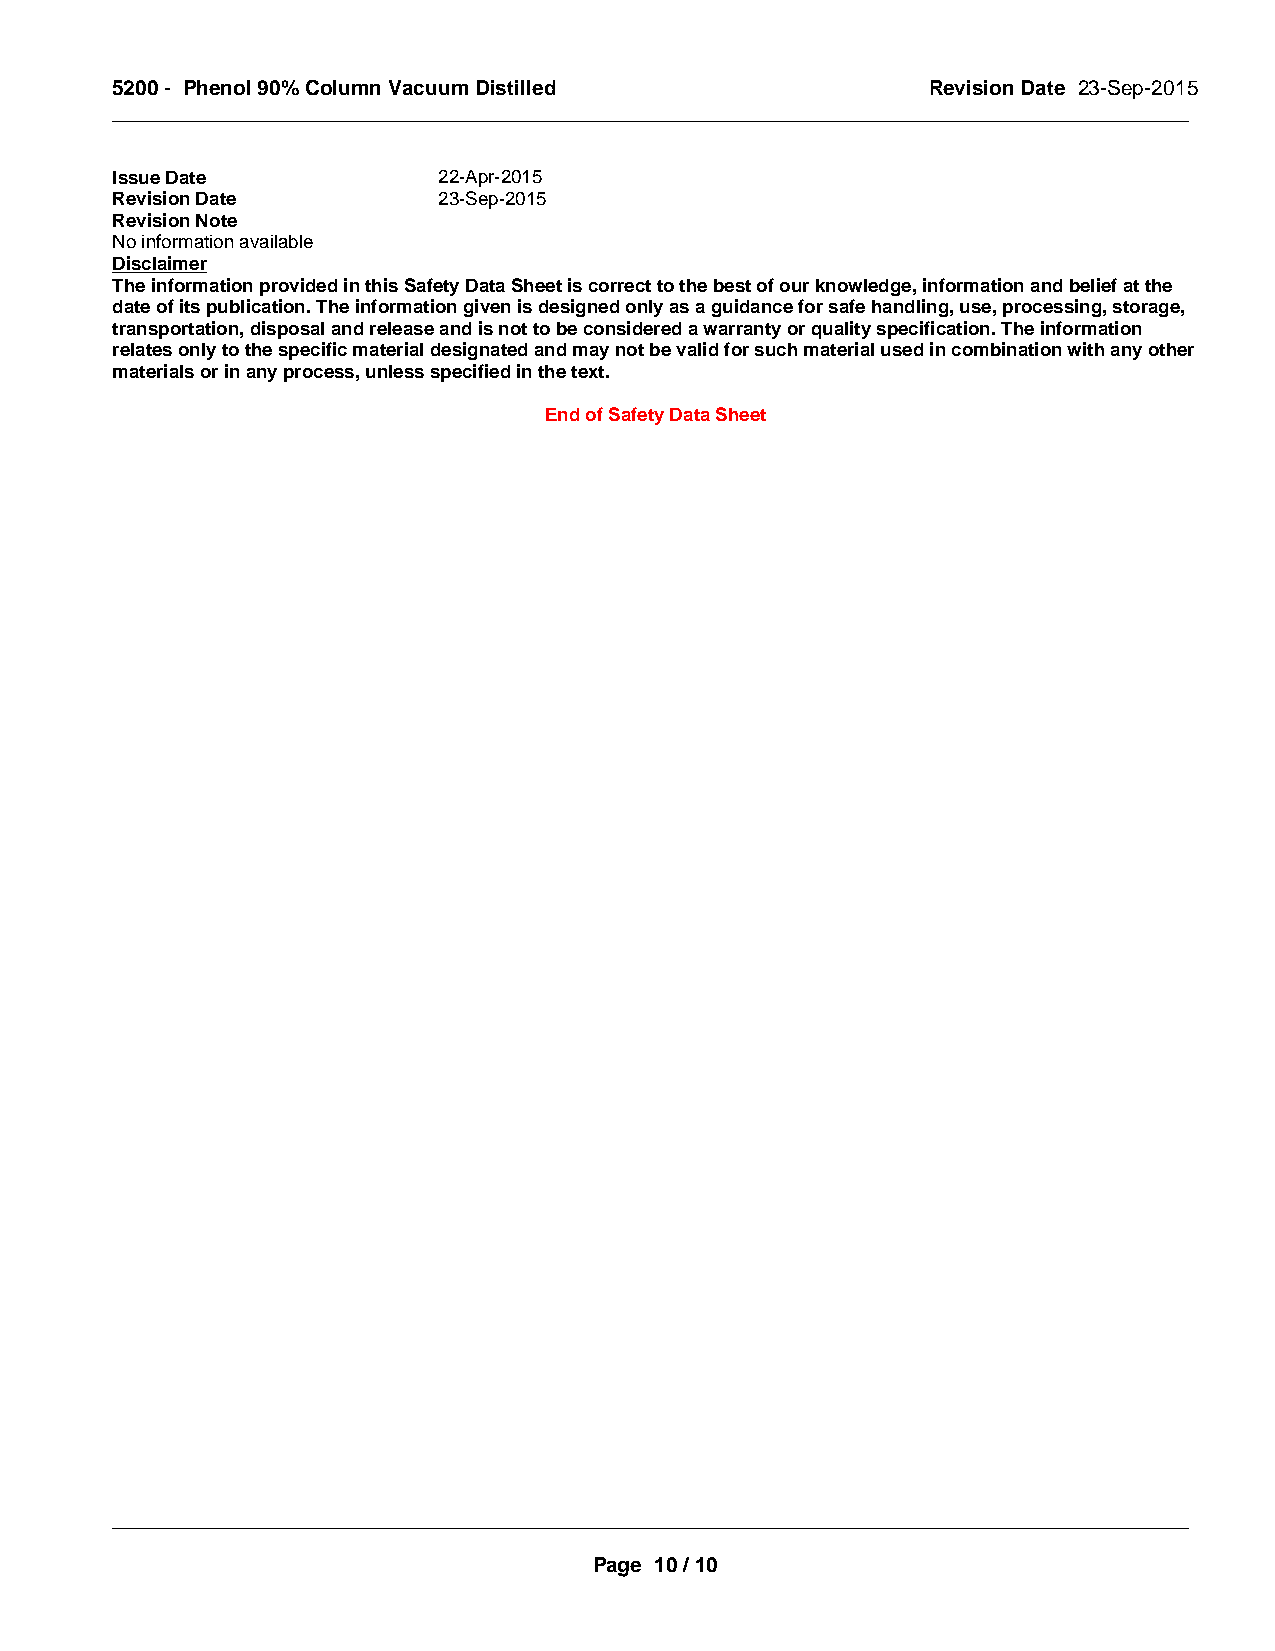
5200 - Phenol 90% Column Vacuum Distilled             Revision Date 23-Sep-2015
 _____________________________________________________________________________________________
 Issue Date            22-Apr-2015
 Revision Date         23-Sep-2015
 Revision Note
 No information available
 Disclaimer
 The information provided in this Safety Data Sheet is correct to the best of our knowledge, information and belief at the
 date of its publication. The information given is designed only as a guidance for safe handling, use, processing, storage,
 transportation, disposal and release and is not to be considered a warranty or quality specification. The information
 relates only to the specific material designated and may not be valid for such material used in combination with any other
 materials or in any process, unless specified in the text.
 End of Safety Data Sheet
 _____________________________________________________________________________________________
 Page 10 / 10